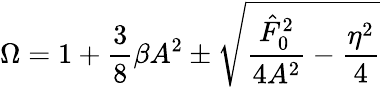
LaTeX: \Omega=1+\frac{3}{8}\beta A^{2}\pm\sqrt{\frac{\hat{F}_{0}^{2}}{4A^{2}}-\frac{\eta^{2}}{4}}